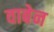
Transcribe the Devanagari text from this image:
वाबेन